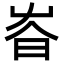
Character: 𡴏